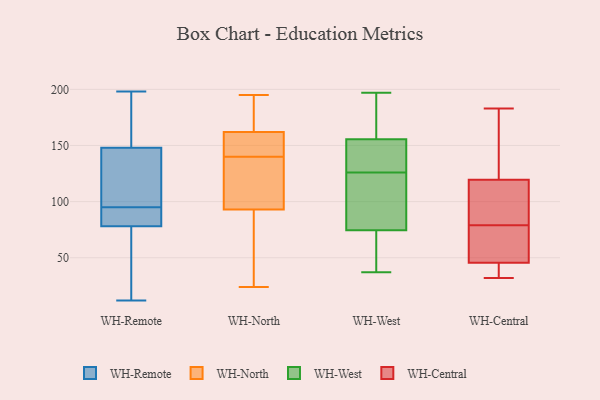
{"axis": {"x": "Website Visitors", "y": "Value"}, "legend": ["WH-Central", "WH-North", "WH-Remote", "WH-West"], "data": [{"x": "", "y": 197, "type": "WH-Remote"}, {"x": "", "y": 67, "type": "WH-Remote"}, {"x": "", "y": 14, "type": "WH-Remote"}, {"x": "", "y": 148, "type": "WH-Remote"}, {"x": "", "y": 12, "type": "WH-Remote"}, {"x": "", "y": 198, "type": "WH-Remote"}, {"x": "", "y": 95, "type": "WH-Remote"}, {"x": "", "y": 40, "type": "WH-Remote"}, {"x": "", "y": 84, "type": "WH-Remote"}, {"x": "", "y": 86, "type": "WH-Remote"}, {"x": "", "y": 148, "type": "WH-Remote"}, {"x": "", "y": 84, "type": "WH-Remote"}, {"x": "", "y": 151, "type": "WH-Remote"}, {"x": "", "y": 89, "type": "WH-Remote"}, {"x": "", "y": 117, "type": "WH-Remote"}, {"x": "", "y": 104, "type": "WH-Remote"}, {"x": "", "y": 117, "type": "WH-Remote"}, {"x": "", "y": 76, "type": "WH-Remote"}, {"x": "", "y": 191, "type": "WH-Remote"}, {"x": "", "y": 133, "type": "WH-North"}, {"x": "", "y": 144, "type": "WH-North"}, {"x": "", "y": 24, "type": "WH-North"}, {"x": "", "y": 153, "type": "WH-North"}, {"x": "", "y": 188, "type": "WH-North"}, {"x": "", "y": 136, "type": "WH-North"}, {"x": "", "y": 169, "type": "WH-North"}, {"x": "", "y": 195, "type": "WH-North"}, {"x": "", "y": 155, "type": "WH-North"}, {"x": "", "y": 55, "type": "WH-North"}, {"x": "", "y": 114, "type": "WH-North"}, {"x": "", "y": 72, "type": "WH-North"}, {"x": "", "y": 37, "type": "WH-West"}, {"x": "", "y": 155, "type": "WH-West"}, {"x": "", "y": 57, "type": "WH-West"}, {"x": "", "y": 153, "type": "WH-West"}, {"x": "", "y": 197, "type": "WH-West"}, {"x": "", "y": 178, "type": "WH-West"}, {"x": "", "y": 156, "type": "WH-West"}, {"x": "", "y": 92, "type": "WH-West"}, {"x": "", "y": 131, "type": "WH-West"}, {"x": "", "y": 99, "type": "WH-West"}, {"x": "", "y": 121, "type": "WH-West"}, {"x": "", "y": 48, "type": "WH-West"}, {"x": "", "y": 89, "type": "WH-Central"}, {"x": "", "y": 54, "type": "WH-Central"}, {"x": "", "y": 121, "type": "WH-Central"}, {"x": "", "y": 118, "type": "WH-Central"}, {"x": "", "y": 68, "type": "WH-Central"}, {"x": "", "y": 35, "type": "WH-Central"}, {"x": "", "y": 104, "type": "WH-Central"}, {"x": "", "y": 69, "type": "WH-Central"}, {"x": "", "y": 155, "type": "WH-Central"}, {"x": "", "y": 183, "type": "WH-Central"}, {"x": "", "y": 37, "type": "WH-Central"}, {"x": "", "y": 32, "type": "WH-Central"}]}